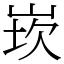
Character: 崁